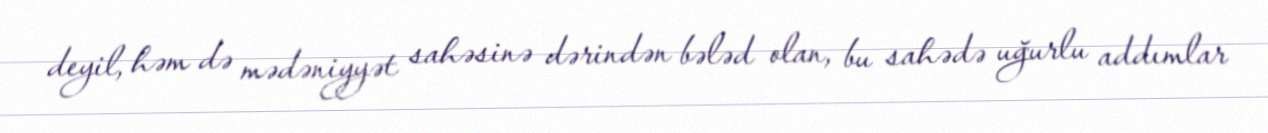
deyil, həm də mədəniyyət sahəsinə dərindən bələd olan, bu sahədə uğurlu addımlar